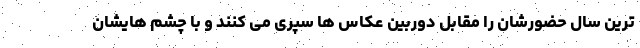
ترین سال حضورشان را مقابل دوربین عکاس ها سپری می کنند و با چشم هایشان